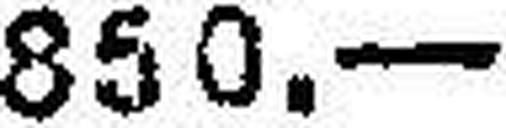
850.—